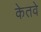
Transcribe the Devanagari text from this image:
केतवे